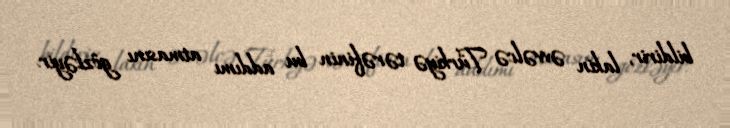
bildirir, lakin əvvəlcə Türkiyə tərəfinin bu addımı atmasını gözləyir.